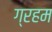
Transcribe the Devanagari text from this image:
ग्रहम